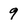
Character: 9